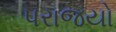
પરાજયો